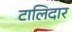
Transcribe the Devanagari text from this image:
टालिदार